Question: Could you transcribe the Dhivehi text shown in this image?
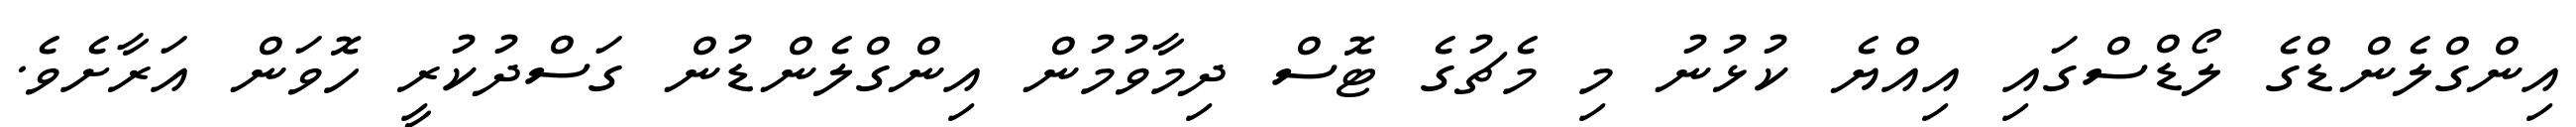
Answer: އިންގްލެންޑްގެ ލޯޑްސްގައި އިއްޔެ ކުޅުނު މި މެޗުގެ ޓޮސް ދިމާވުމުން އިންގްލެންޑުން ގަސްދުކުރީ ހޮވަން އަރާށެވެ.